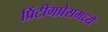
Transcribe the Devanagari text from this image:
प्रिंटींगप्रेसमध्ये